Civil Veterinary Department Bihar & Orissa reports 1922-29 - 1922-1929
Year: 1922
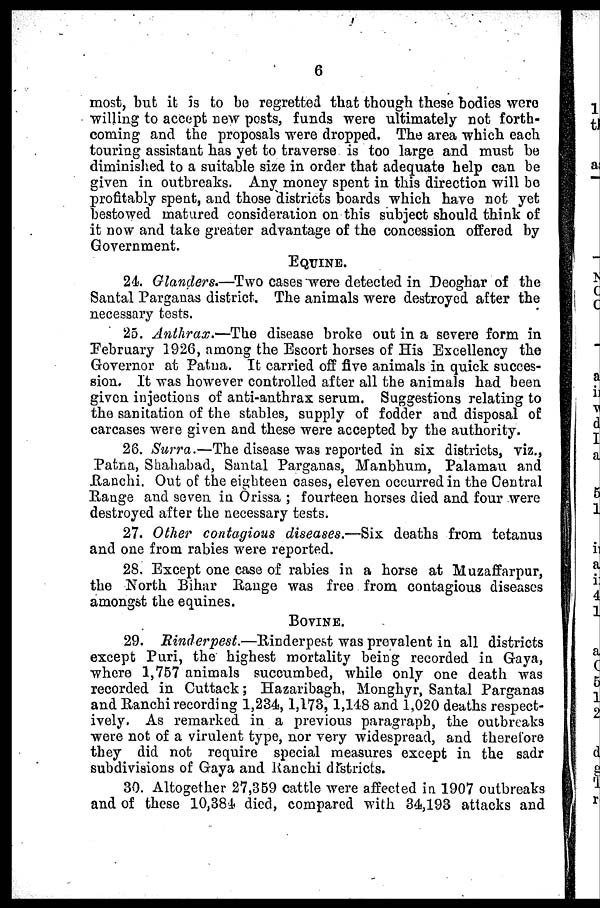
6
most, but it is to be regretted that though these bodies were
willing to accept new posts, funds were ultimately not forth-
coming and the proposals were dropped. The area which each
touring assistant has yet to traverse is too large and must be
diminished to a suitable size in order that adequate help can be
given in outbreaks. Any money spent in this direction will be
profitably spent, and those districts boards which have not yet
bestowed matured consideration on this subject should think of
it now and take greater advantage of the concession offered by
Government.
EQUINE.
24. Glanders,—Two cases were detected in Deoghar of the
Santal Parganas district. The animals were destroyed after the
necessary tests.
25. Anthrax.—The disease broke out in a severe form in
February 1926, among the Escort horses of His Excellency the
Governor at Patna. It carried off five animals in quick succes-
sion. It was however controlled after all the animals had been
given injections of anti-anthrax serum. Suggestions relating to
the sanitation of the stables, supply of fodder and disposal of
carcases were given and these were accepted by the authority.
26. Surra.—The disease was reported in six districts, viz.,
Patna, Shahabad, Santal Parganas, Manbhum, Palamau and
Ranchi. Out of the eighteen cases, eleven occurred in the Central
Range and seven in Orissa ; fourteen horses died and four were
destroyed after the necessary tests.
27. Other contagious diseases.—Six deaths from tetanus
and one from rabies were reported.
28. Except one case of rabies in a horse at Muzaffarpur,
the North Bihar Range was free from contagious diseases
amongst the equines.
BOVINE.
29. Rinderpest.—Rinderpest
was prevalent in all districts
except Puri, the highest mortality being recorded in Gaya,
where 1,757 animals succumbed, while only one death was
recorded in Cuttack; Hazaribagh, Monghyr, Santal Parganas
and Ranchirecording 1,234,1,173,1,148 and 1,020 deaths respect-
ively, As remarked in a previous paragraph, the outbreaks
were not of a virulent type, nor very widespread, and therefore
they did not require special measures except in the sadr
subdivisions of Gaya and Ranchi dfstricts.
30. Altogether 27,359 cattle were affected in 1907 outbreaks
and of these 10,384 died, compared with 34,193 attacks and